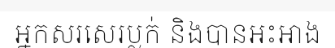
អ្នកសរសេរប្លក់ និងបានអះអាង